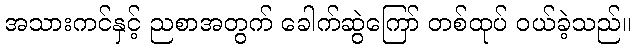
အသားကင်နှင့် ညစာအတွက် ခေါက်ဆွဲကြော် တစ်ထုပ် ဝယ်ခဲ့သည်။